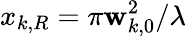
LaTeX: x_{k,R}={\pi\mathbf{w}_{k,0}^{2}}/{\lambda}